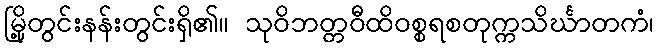
မြို့တွင်းနန်းတွင်းရှိ၏။ သုဝိဘတ္တဝီထိဝစ္စရစတုက္ကသိင်္ဃာတကံ၊